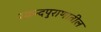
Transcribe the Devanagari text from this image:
स्कन्दपुराणातील